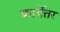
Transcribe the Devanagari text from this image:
कार्येत्तर